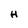
Character: H